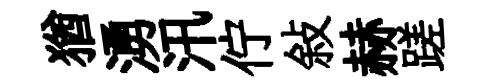
猶湧汛佇敍赫蹉